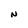
Character: N